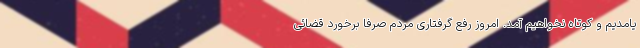
یامدیم و کوتاه نخواهیم آمد. امروز رفع گرفتاری مردم صرفا برخورد قضائی